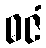
ဓဇံ